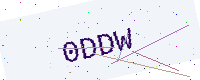
Text: 0DDW